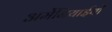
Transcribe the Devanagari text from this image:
अर्मेनियाईयों